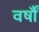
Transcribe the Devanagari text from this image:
वर्षौं